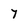
Character: 7